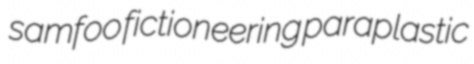
samfoo fictioneering paraplastic